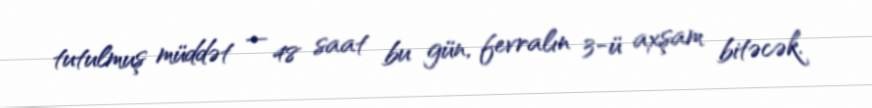
tutulmuş müddət — 48 saat bu gün, fevralın 3-ü axşam bitəcək.